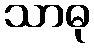
သာဓု